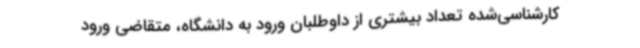
کارشناسی‌شده تعداد بیشتری از داوطلبان ورود به دانشگاه‌، متقاضی ورود